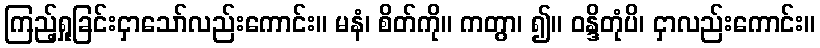
ကြည့်ရှုခြင်းငှာသော်လည်းကောင်း။ မနံ၊ စိတ်ကို။ ကတွာ၊ ၍။ ဝန္ဒိတုံပိ၊ ငှာလည်းကောင်း။